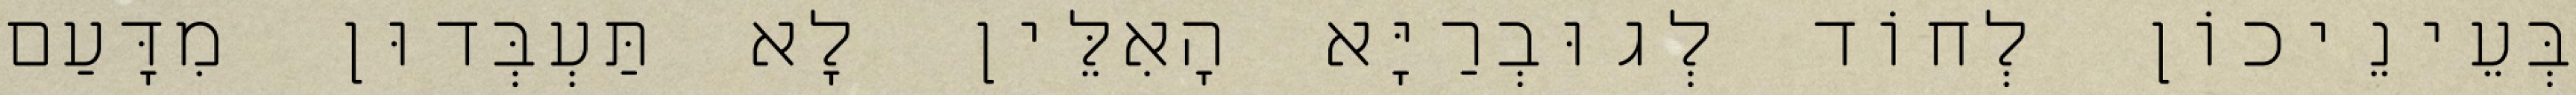
בְּעֵינֵיכוֹן לְחוֹד לְגוּבְרַיָּא הָאִלֵּין לָא תַּעְבְּדוּן מִדָּעַם